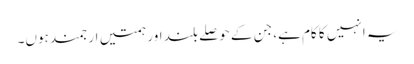
یہ انہیں کا کام ہے، جن کے حوصلے بلند اور ہمتیں ارجمند ہوں۔